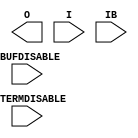
// This program was cloned from: https://github.com/aolofsson/oh
// License: MIT License


module IBUFDS_INTERMDISABLE_INT (O, I, IB, IBUFDISABLE, INTERMDISABLE);

`ifdef XIL_TIMING
  parameter LOC = "UNPLACED";
`endif // `ifdef XIL_TIMING
  parameter DIFF_TERM = "FALSE";
  parameter DQS_BIAS = "FALSE";
  parameter IBUF_LOW_PWR = "TRUE";
  parameter IOSTANDARD = "DEFAULT";
  parameter USE_IBUFDISABLE = "TRUE";

  localparam MODULE_NAME = "IBUFDS_INTERMDISABLE_INT";


    output O;

    input  I;
    input  IB;
    input  IBUFDISABLE;
    input  INTERMDISABLE;

 
endmodule